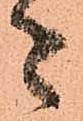
者